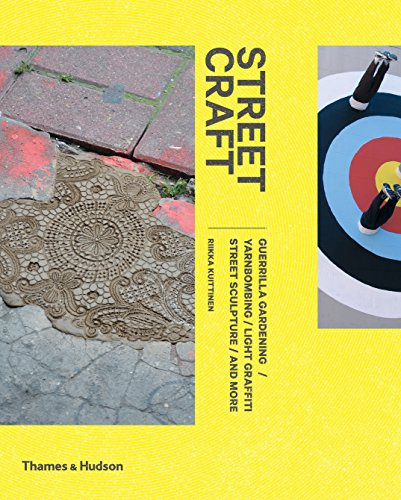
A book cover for Street Craft: Yarnbombing, Guerilla Gardening, Light Tagging, Lace Graffiti and More; Riikka Kuittinen; Arts & Photography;